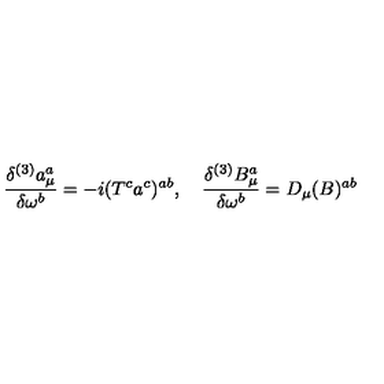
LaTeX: \frac { \delta ^ { ( 3 ) } a _ { \mu } ^ { a } } { \delta \omega ^ { b } } = - i ( T ^ { c } a ^ { c } ) ^ { a b } , \quad \frac { \delta ^ { ( 3 ) } B _ { \mu } ^ { a } } { \delta \omega ^ { b } } = D _ { \mu } ( B ) ^ { a b }